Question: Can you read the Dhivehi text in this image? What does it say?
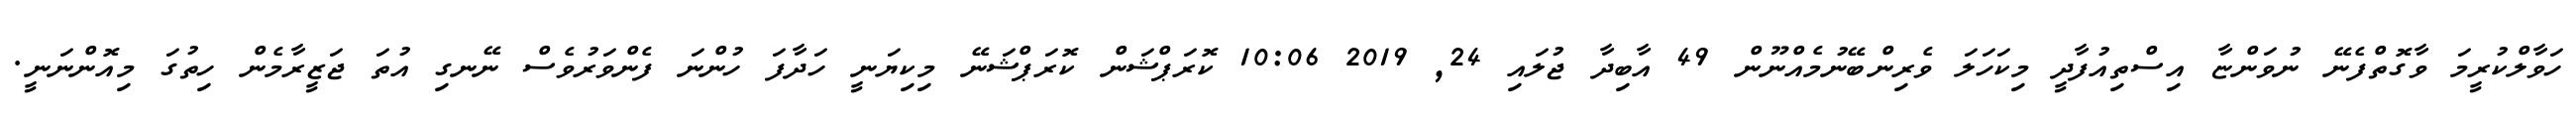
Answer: ހަވާލްކުރީމަ ވާގޮތްފެނޭ ނުވަންޏާ އިސްތިއުފާދީ މިކަހަލަ ވެރިންބޭނުމެއްނޫން 49 އާބިދާ ޖުލައި 24, 2019 10:06 ކޮރަޕްޝަން ކޮރަޕްޝަނޭ މިކިޔަނީ ހަދާފަ ހުންނަ ފެންވަރުވެސް ނޭނގި އުތަ ޖަޒީރާމެން ހިތުގަ މިއޮންނަނީ.